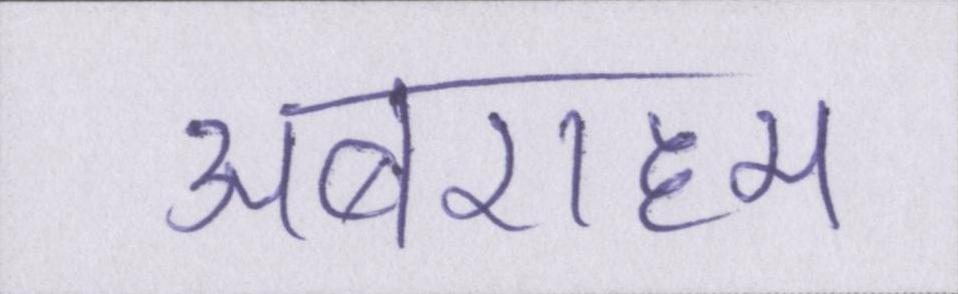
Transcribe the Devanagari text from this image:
अबराहम